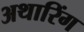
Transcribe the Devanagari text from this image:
अथारिंग